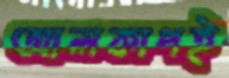
আলকাপই